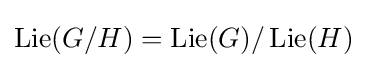
\operatorname {Lie} (G/H)=\operatorname {Lie} (G)/\operatorname {Lie} (H)